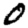
Digit: 0